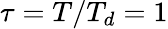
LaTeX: \tau=T/T_{d}=1